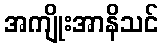
အကျိုးအာနိသင်